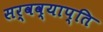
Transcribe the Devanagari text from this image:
सर्वव्याप्ति